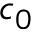
c _ { 0 }